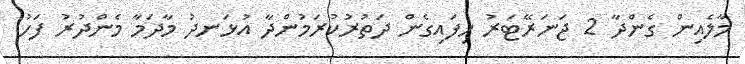
މާލެއިން ގެންދާ 2 ޖަނަރޭޓަރު ހިފައިގެން ދަތުރުކުރަމުންދާ އުޅަނދު މާދަމާ މެންދުރު ފަހު